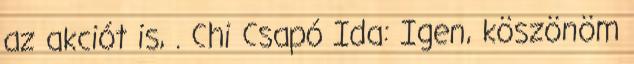
az akciót is, . Chi Csapó Ida: Igen, köszönöm